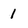
Character: 1